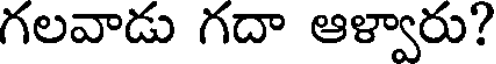
గలవాడు గదా ఆళ్వారు?